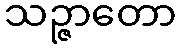
သဉ္ဇာတော